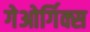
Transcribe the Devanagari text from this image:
गेओर्गिक्स